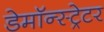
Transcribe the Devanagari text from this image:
डेमॉन्स्ट्रेटर